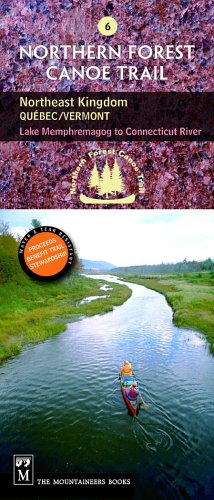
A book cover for Northern Forest Canoe Trail: Northeast Kingdom: Quebec/Vermont, Lake Memphremagog to Connecticut River; Staff of the Northern Forest Canoe Trail; Travel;